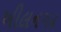
ખીલનગઢ